Indian journal of veterinary science and animal husbandry - Volumes 18-21, 1948-1951
Year: 1948
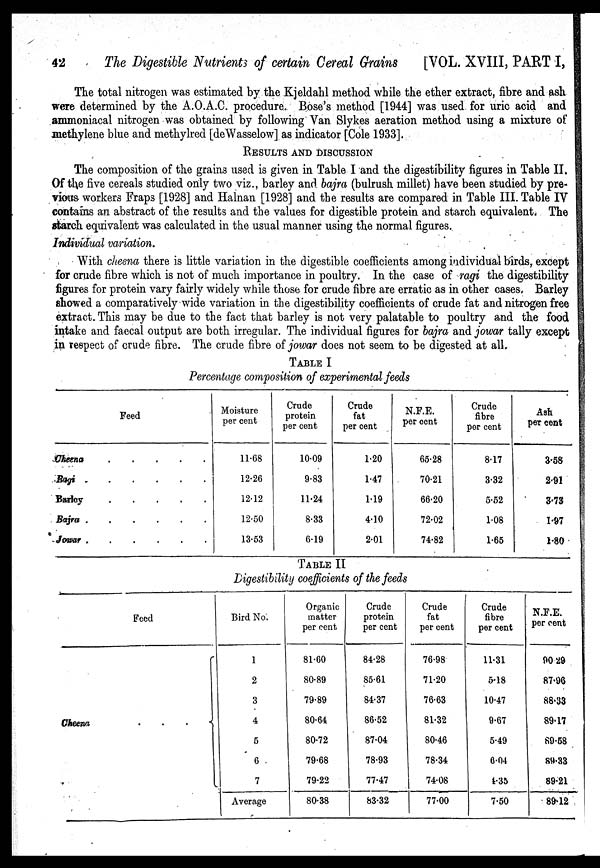
42
The Digestible Nutrients of certain Cereal Grains [VOL. XVIII, PART I,
The total nitrogen was estimated by the Kjeldahl method while the ether extract, fibre and ash
were determined by the A.O.A.C. procedure. Bose's method [1944] was used for uric acid and
ammoniacal nitrogen was obtained by following Van Slykes aeration method using a mixture of
methylene blue and methylred [deWasselow] as indicator [Cole 1933].
RESULTS AND DISCUSSION
The composition of the grains used is given in Table I and the digestibility figures in Table II.
Of the five cereals studied only two viz., barley and. bajra (bulrush millet) have been studied by pre-
vious workers Fraps [1928] and Halnan [1928] and the results are compared in Table III. Table IV
contains an abstract of the results and the values for digestible protein and starch equivalent. The
starch equivalent was calculated in the usual manner using the normal figures.
Individual variation.
With cheena there is little variation in the digestible coefficients among individual birds, except
for crude fibre which is not of much importance in poultry. In the case of ragi the digestibility
figures for protein vary fairly widely while those for crude fibre are erratic as in other cases. Barley
showed a comparatively wide variation in the digestibility coefficients of crude fat and nitrogen free
extract. This may be due to the fact that barley is not very palatable to poultry and the food
intake and faecal output are both irregular. The individual figures for bajra and jowar tally except
in respect of crude fibre. The crude fibre of jowar does not seem to be digested at all.
TABLE I
Percentage composition of experimental feeds
Feed
Cheena
.
.
.
.
.
Ragi
.
.
.
.
.
.
Barley
.
.
.
.
.
Bajra
.
.
.
.
.
.
Jowar
.
.
.
.
.
.
Moisture
per cent
11.68
12.26
12.12
12.50
13.53
Crude
protein
per cent
10.09
9.83
11.24
8.33
6.19
Crude
fat
per cent
1.20
1.47
1.19
4.10
2.01
N.F.E.
per cent
65.28
70.21
66.20
72.02
74.82
Crude
fibre
per cent
8.17
3.32
5.52
1.08
1.65
Ash
per cent
3.58
2.91
3.73
1.97
1.80
TABLE II
Digestibility coefficients of the feeds
Feed
Cheena
.
.
.
{
Bird No.
1
2
3
4
5
6
7
Average
Organic
matter
per cent
81.60
80.89
79.89
80.64
80.72
79.68
79.22
80.38
Crude
protein
per cent
84.28
85.61
84.37
86.52
87.04
78.93
77.47
83.32
Crude
fat
per cent
76.98
71.20
76.63
81.32
80.46
78.34
74.08
77.00
Crude
fibre
per cent
11.31
5.18
10.47
9.67
5.49
6.04
4.35
7.50
N.F.E.
per cent
90.29
87.96
88.33
89.17
89.58
89.33
89.21
89.12